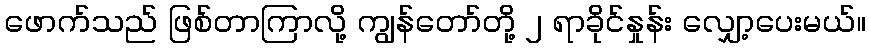
ဖောက်သည် ဖြစ်တာကြာလို့ ကျွန်တော်တို့ ၂ ရာခိုင်နှုန်း လျှော့ပေးမယ်။